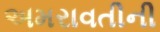
અમરાવતીની